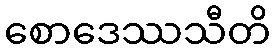
စောဒေဿသီတိ